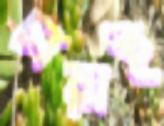
চারাই